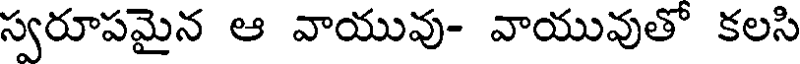
స్వరూపమైన ఆ వాయువు- వాయువుతో కలసి